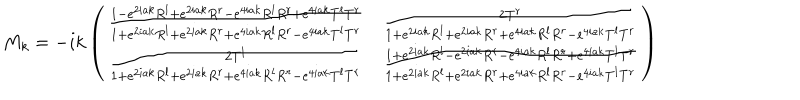
M _ { k } = - i k \left( \begin{matrix} { { { \frac { 1 - e ^ { 2 i a k } R ^ { l } + e ^ { 2 i a k } R ^ { r } - e ^ { 4 i a k } R ^ { l } R ^ { r } + e ^ { 4 i a k } T ^ { l } T ^ { r } } { 1 + e ^ { 2 i a k } R ^ { l } + e ^ { 2 i a k } R ^ { r } + e ^ { 4 i a k } R ^ { l } R ^ { r } - e ^ { 4 i a k } T ^ { l } T ^ { r } } } } } & { { { \frac { 2 T ^ { r } } { 1 + e ^ { 2 i a k } R ^ { l } + e ^ { 2 i a k } R ^ { r } + e ^ { 4 i a k } R ^ { l } R ^ { r } - e ^ { 4 i a k } T ^ { l } T ^ { r } } } } } \\ { { { \frac { 2 T ^ { l } } { 1 + e ^ { 2 i a k } R ^ { l } + e ^ { 2 i a k } R ^ { r } + e ^ { 4 i a k } R ^ { l } R ^ { r } - e ^ { 4 i a k } T ^ { l } T ^ { r } } } } } & { { { \frac { 1 + e ^ { 2 i a k } R ^ { l } - e ^ { 2 i a k } R ^ { r } - e ^ { 4 i a k } R ^ { l } R ^ { r } + e ^ { 4 i a k } T ^ { l } T ^ { r } } { 1 + e ^ { 2 i a k } R ^ { l } + e ^ { 2 i a k } R ^ { r } + e ^ { 4 i a k } R ^ { l } R ^ { r } - e ^ { 4 i a k } T ^ { l } T ^ { r } } } } } \\ \end{matrix} \right)